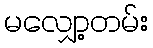
မလျှော့တမ်း